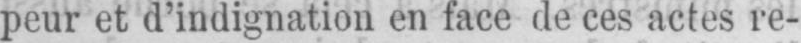
peur et d’indignation en face de ces actes re-